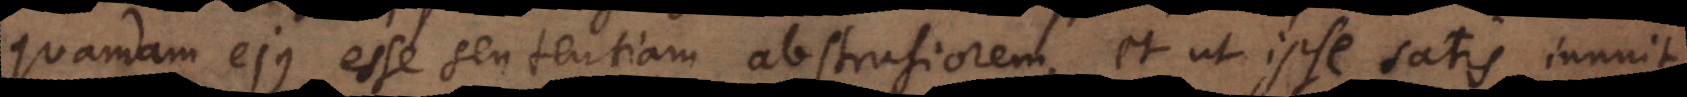
quandam ejus esse sententiam abstrusiorem, et ut ipse satis innuit